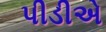
પીડીએ